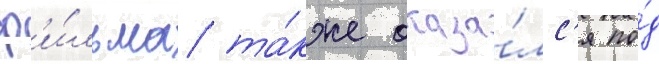
ф'и́льма та́кже оказа́лс'я по́д